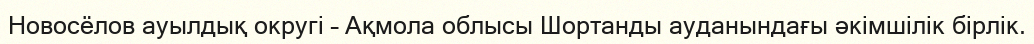
Новосёлов ауылдық округі – Ақмола облысы Шортанды ауданындағы әкімшілік бірлік.